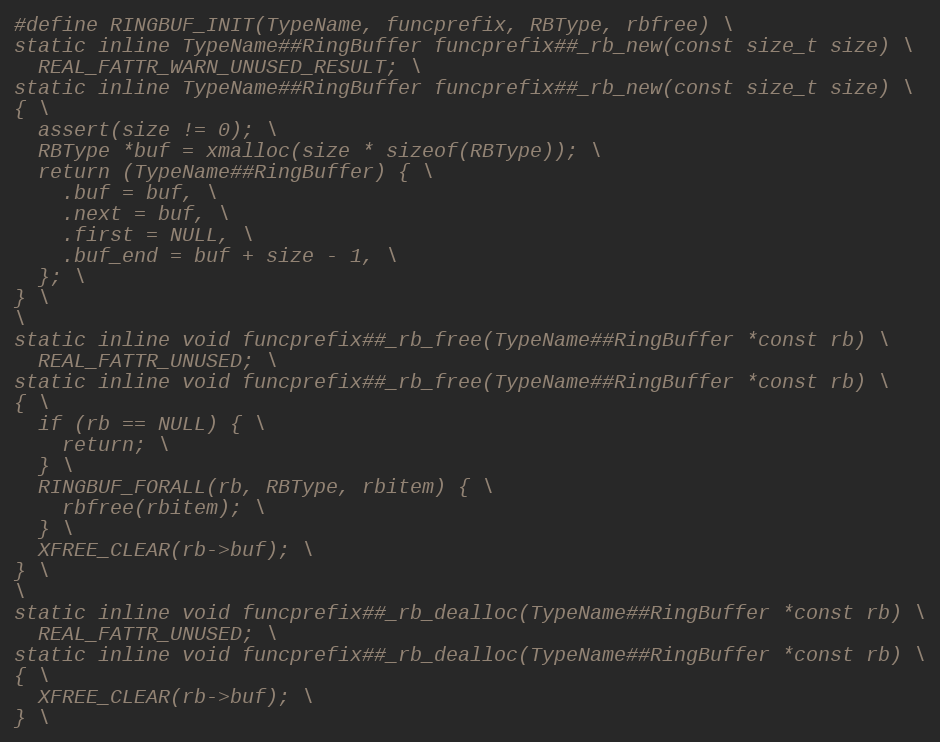
Language: C
#define RINGBUF_INIT(TypeName, funcprefix, RBType, rbfree) \
static inline TypeName##RingBuffer funcprefix##_rb_new(const size_t size) \
  REAL_FATTR_WARN_UNUSED_RESULT; \
static inline TypeName##RingBuffer funcprefix##_rb_new(const size_t size) \
{ \
  assert(size != 0); \
  RBType *buf = xmalloc(size * sizeof(RBType)); \
  return (TypeName##RingBuffer) { \
    .buf = buf, \
    .next = buf, \
    .first = NULL, \
    .buf_end = buf + size - 1, \
  }; \
} \
\
static inline void funcprefix##_rb_free(TypeName##RingBuffer *const rb) \
  REAL_FATTR_UNUSED; \
static inline void funcprefix##_rb_free(TypeName##RingBuffer *const rb) \
{ \
  if (rb == NULL) { \
    return; \
  } \
  RINGBUF_FORALL(rb, RBType, rbitem) { \
    rbfree(rbitem); \
  } \
  XFREE_CLEAR(rb->buf); \
} \
\
static inline void funcprefix##_rb_dealloc(TypeName##RingBuffer *const rb) \
  REAL_FATTR_UNUSED; \
static inline void funcprefix##_rb_dealloc(TypeName##RingBuffer *const rb) \
{ \
  XFREE_CLEAR(rb->buf); \
} \